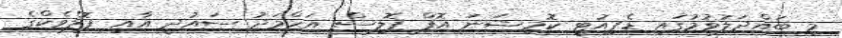
މި ބައްދަލުވުމުގައި ޑެޕިއުޓީ ކޮމިޝަނަ އޮފް ޕޮލިސް އަހްމަދު ސައުދީ އާއި ޕޮލްވެކްގެ